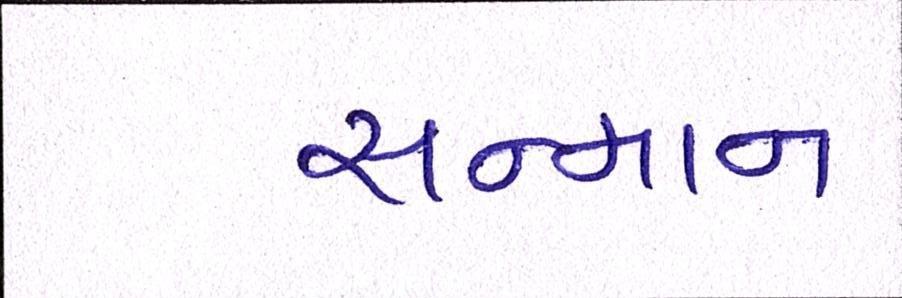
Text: સન્માન